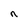
Character: n